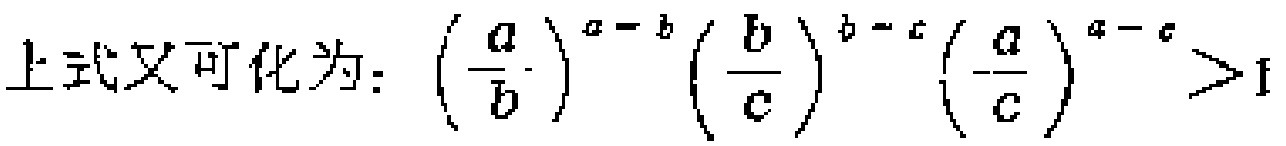
上式又可化为：\(\left(\frac{a}{b}\right)^{a - b}\left(\frac{b}{c}\right)^{b - c}\left(\frac{a}{c}\right)^{a - c}>1\)